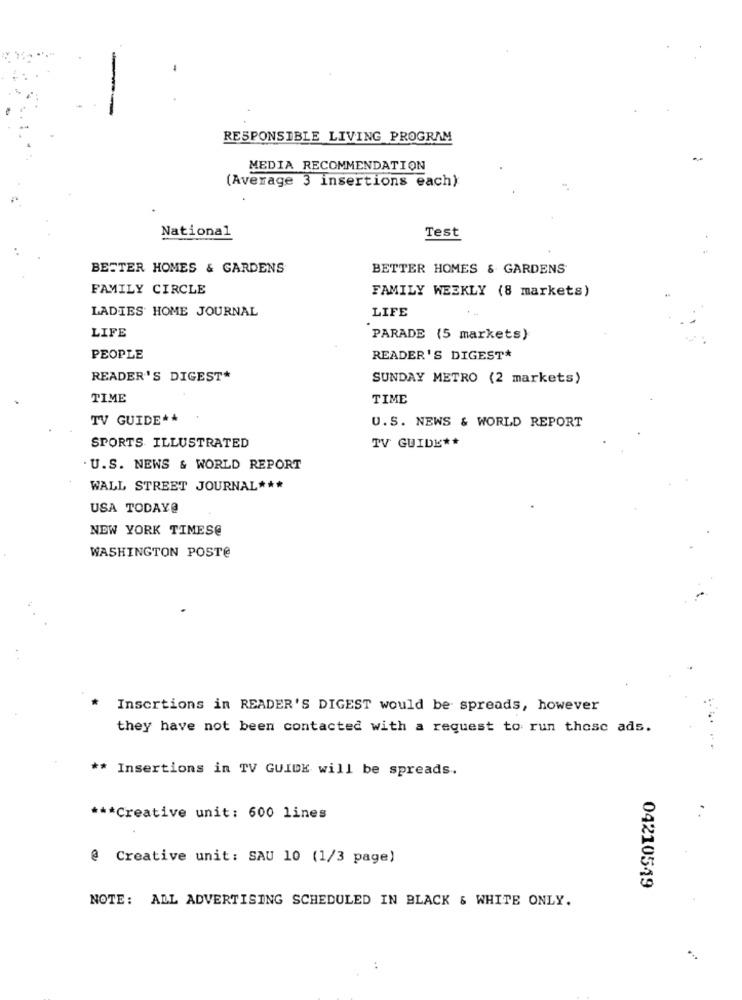
RESPONSIBLE LIVING PROGRAM
MEDIA RECOMMENDATION
(Average 3 insertions each)
National
Test
BETTER HOMES & GARDENS
BETTER HOMES & GARDENS
FAMILY CIRCLE
FAMILY WEEKLY (8 markets)
LADIES HOME JOURNAL
LIFE
LIFE
PARADE (5 markets)
PEOPLE
READER'S DIGEST*
READER'S DIGEST*
SUNDAY METRO (2 markets)
TIME
TIME
TV GUIDE **
U.S. NEWS & WORLD REPORT
SPORTS ILLUSTRATED
TV GUIDE **
. U.S. NEWS & WORLD REPORT
WALL STREET JOURNAL ***
USA TODAY@
NEW YORK TIMES@
WASHINGTON POST@
Insertions in READER'S DIGEST would be spreads, however
they have not been contacted with a request to run those ads.
** Insertions in TV GUIDE will be spreads.
*** Creative unit: 600 lines
@ Creative unit: SAU 10 (1/3 page)
04210549
NOTE: ALL ADVERTISING SCHEDULED IN BLACK & WHITE ONLY.